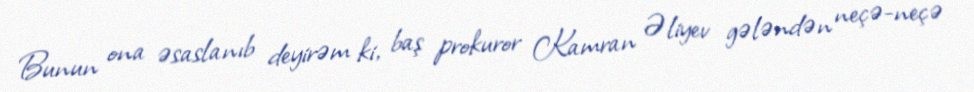
Bunun ona əsaslanıb deyirəm ki, baş prokuror Kamran Əliyev gələndən neçə-neçə